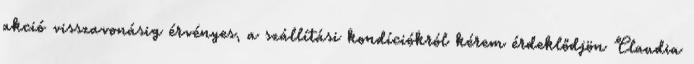
akció visszavonásig érvényes, a szállítási kondíciókról kérem érdeklődjön Claudia